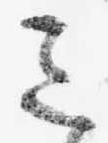
ミ